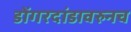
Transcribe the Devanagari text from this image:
डोंगरदांडावरुनच